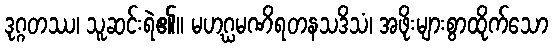
ဒုဂ္ဂတဿ၊ သူဆင်းရဲ၏။ မဟဂ္ဃမဏိရတနသဒိသံ၊ အဖိုးများစွာထိုက်သော